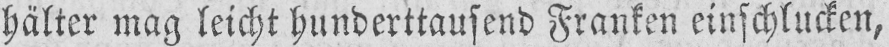
hälter mag leicht hunderttausend Franken einschlucken,